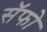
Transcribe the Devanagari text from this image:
सॅफो